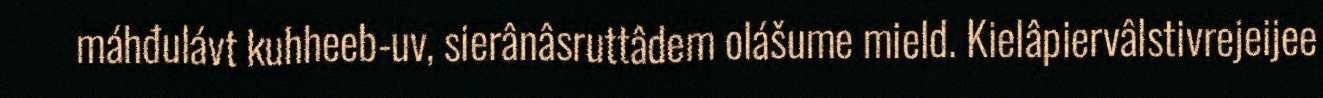
máhđulávt kuhheeb-uv, sierânâsruttâdem olášume mield. Kielâpiervâlstivrejeijee